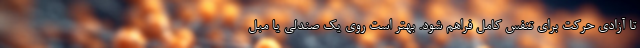
تا آزادی حرکت برای تنفس کامل فراهم شود. بهتر است روی یک صندلی یا مبل